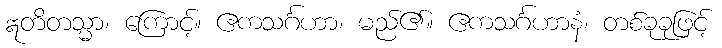
ဣတိတသ္မာ၊ ကြောင့်။ ဧကသင်္ဂဟာ၊ မည်၏။ ဧကသင်္ဂဟာနံ၊ တစ်ခုခုဖြင့်